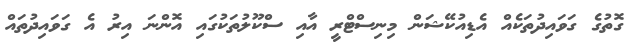
ގޮތުގެ ގަވައިދުތަކެއް އެޑިއުކޭޝަން މިނިސްޓްރީ އާއި ސްކޫލުތަކުގައި އޮންނަ އިރު އެ ގަވައިދުތައް